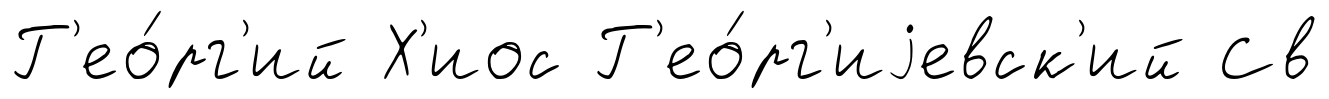
Г'ео́рг'ий Х'иос Г'ео́рг'иjевск'ий Св